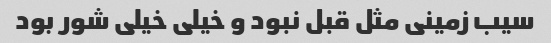
سیب زمینی مثل قبل نبود و خیلی خیلی شور بود